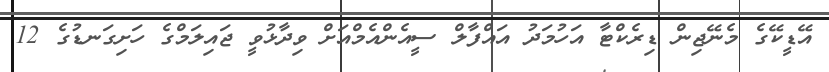
އޭޑީކޭގެ މެނޭޖިން ޑިރެކްޓާ އަހުމަދު އައްފާލް ސީއެންއެމްއަށް ވިދާޅުވީ ޖައިލަމްގެ ހަށިގަނޑުގެ 12